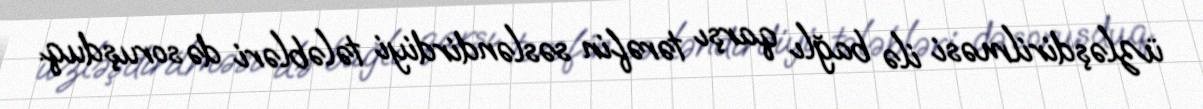
üzləşdirilməsi ilə bağlı qarşı tərəfin səsləndirdiyi tələbləri də soruşduq.